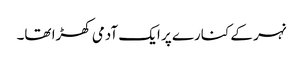
نہر کے کنارے پر ایک آدمی کھڑا تھا۔